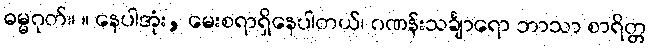
ဓမ္မဂုတ်။ ။ နေပါအုံး, မေးစရာရှိနေပါတယ်၊ ဂဏန်းသင်္ချာရော ဘာသာ စာရိတ္တ